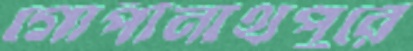
গোপীনাথপুরে